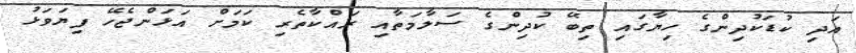
އަދި ކުޑަކުދިންގެ ހިޔާގައި ތިބޭ ކުދިންގެ ސަލާމަތާއި ރައްކާތެރި ކަމަށް އަޅަންޖެހޭ ފިޔަވަޅު